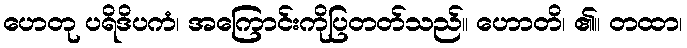
ဟေတု ပရိဒိပကံ၊ အကြောင်းကိုပြတတ်သည်။ ဟောတိ၊ ၏။ တထာ၊